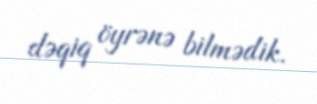
dəqiq öyrənə bilmədik.